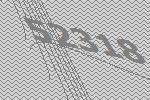
52318